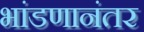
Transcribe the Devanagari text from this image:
भांडणानंतर